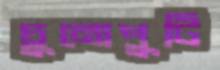
চুনোপুটি